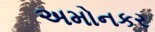
અમોનકર